Annual report on the Civil Veterinary Department, Burma (including the Insein Veterinary School) - 1932-1941
Year: 1932
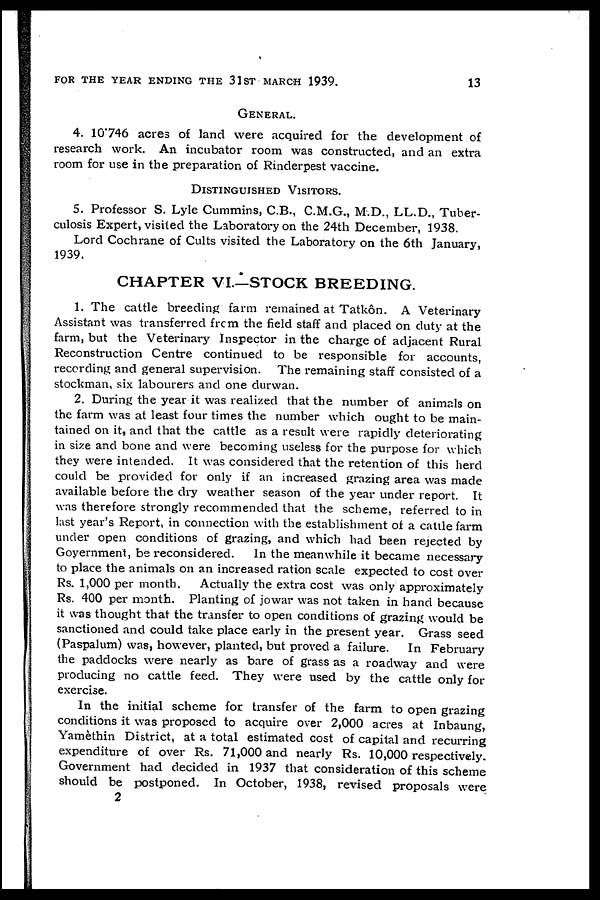
FOR THE YEAR ENDING THE 31ST MARCH 1939.
13
GENERAL.
4. 10.746 acres of land were acquired for the development of
research work. An incubator room was constructed, and an extra
room for use in the preparation of Rinderpest vaccine.
DISTINGUISHED
VISITORS.
5. Professor S. Lyle Cummins, C.B., C.M.G., M.D., LL.D., Tuber-
culosis Expert, visited the Laboratory on the 24th December, 1938.
Lord Cochrane of Cults visited the Laboratory on the 6th January,
1939.
CHAPTER VI—STOCK BREEDING.
1. The cattle breeding farm remained at Tatkôn. A Veterinary
Assistant was transferred from the field staff and placed on duty at the
farm, but the Veterinary Inspector in the charge of adjacent Rural
Reconstruction Centre continued to be responsible for accounts,
recording and general supervision. The remaining staff consisted of a
stockman, six labourers and one durwan.
2. During the year it was realized that the number of animals on
the farm was at least four times the number which ought to be main-
tained on it, and that the cattle as a result were rapidly deteriorating
in size and bone and were becoming useless for the purpose for which
they were intended. It was considered that the retention of this herd
could be provided for only if an increased grazing area was made
available before the dry weather season of the year under report. It
was therefore strongly recommended that the scheme, referred to in
last year's Report, in connection with the establishment of a cattle farm
under open conditions of grazing, and which had been rejected by
Government, be reconsidered.
In the meanwhile it became necessary
to place the animals on an increased ration scale expected to cost over
Rs. 1,000 per month.
Actually the extra cost was only approximately
Rs. 400 per month. Planting of jowar was not taken in hand because
it was thought that the transfer to open conditions of grazing would be
sanctioned and could take place early in the present year. Grass seed
(Paspalum) was, however, planted, but proved a failure.
In February
the paddocks were nearly as bare of grass as a roadway and were
producing no cattle feed. They were used by the cattle only for
exercise.
In the initial scheme for transfer of the farm to open grazing
conditions it was proposed to acquire over 2,000 acres at Inbaung,
Yamèthin District, at a total estimated cost of capital and recurring
expenditure of over Rs. 71,000 and nearly Rs. 10,000 respectively.
Government had decided in 1937 that consideration of this scheme
should be postponed. In October, 1938, revised proposals were
2